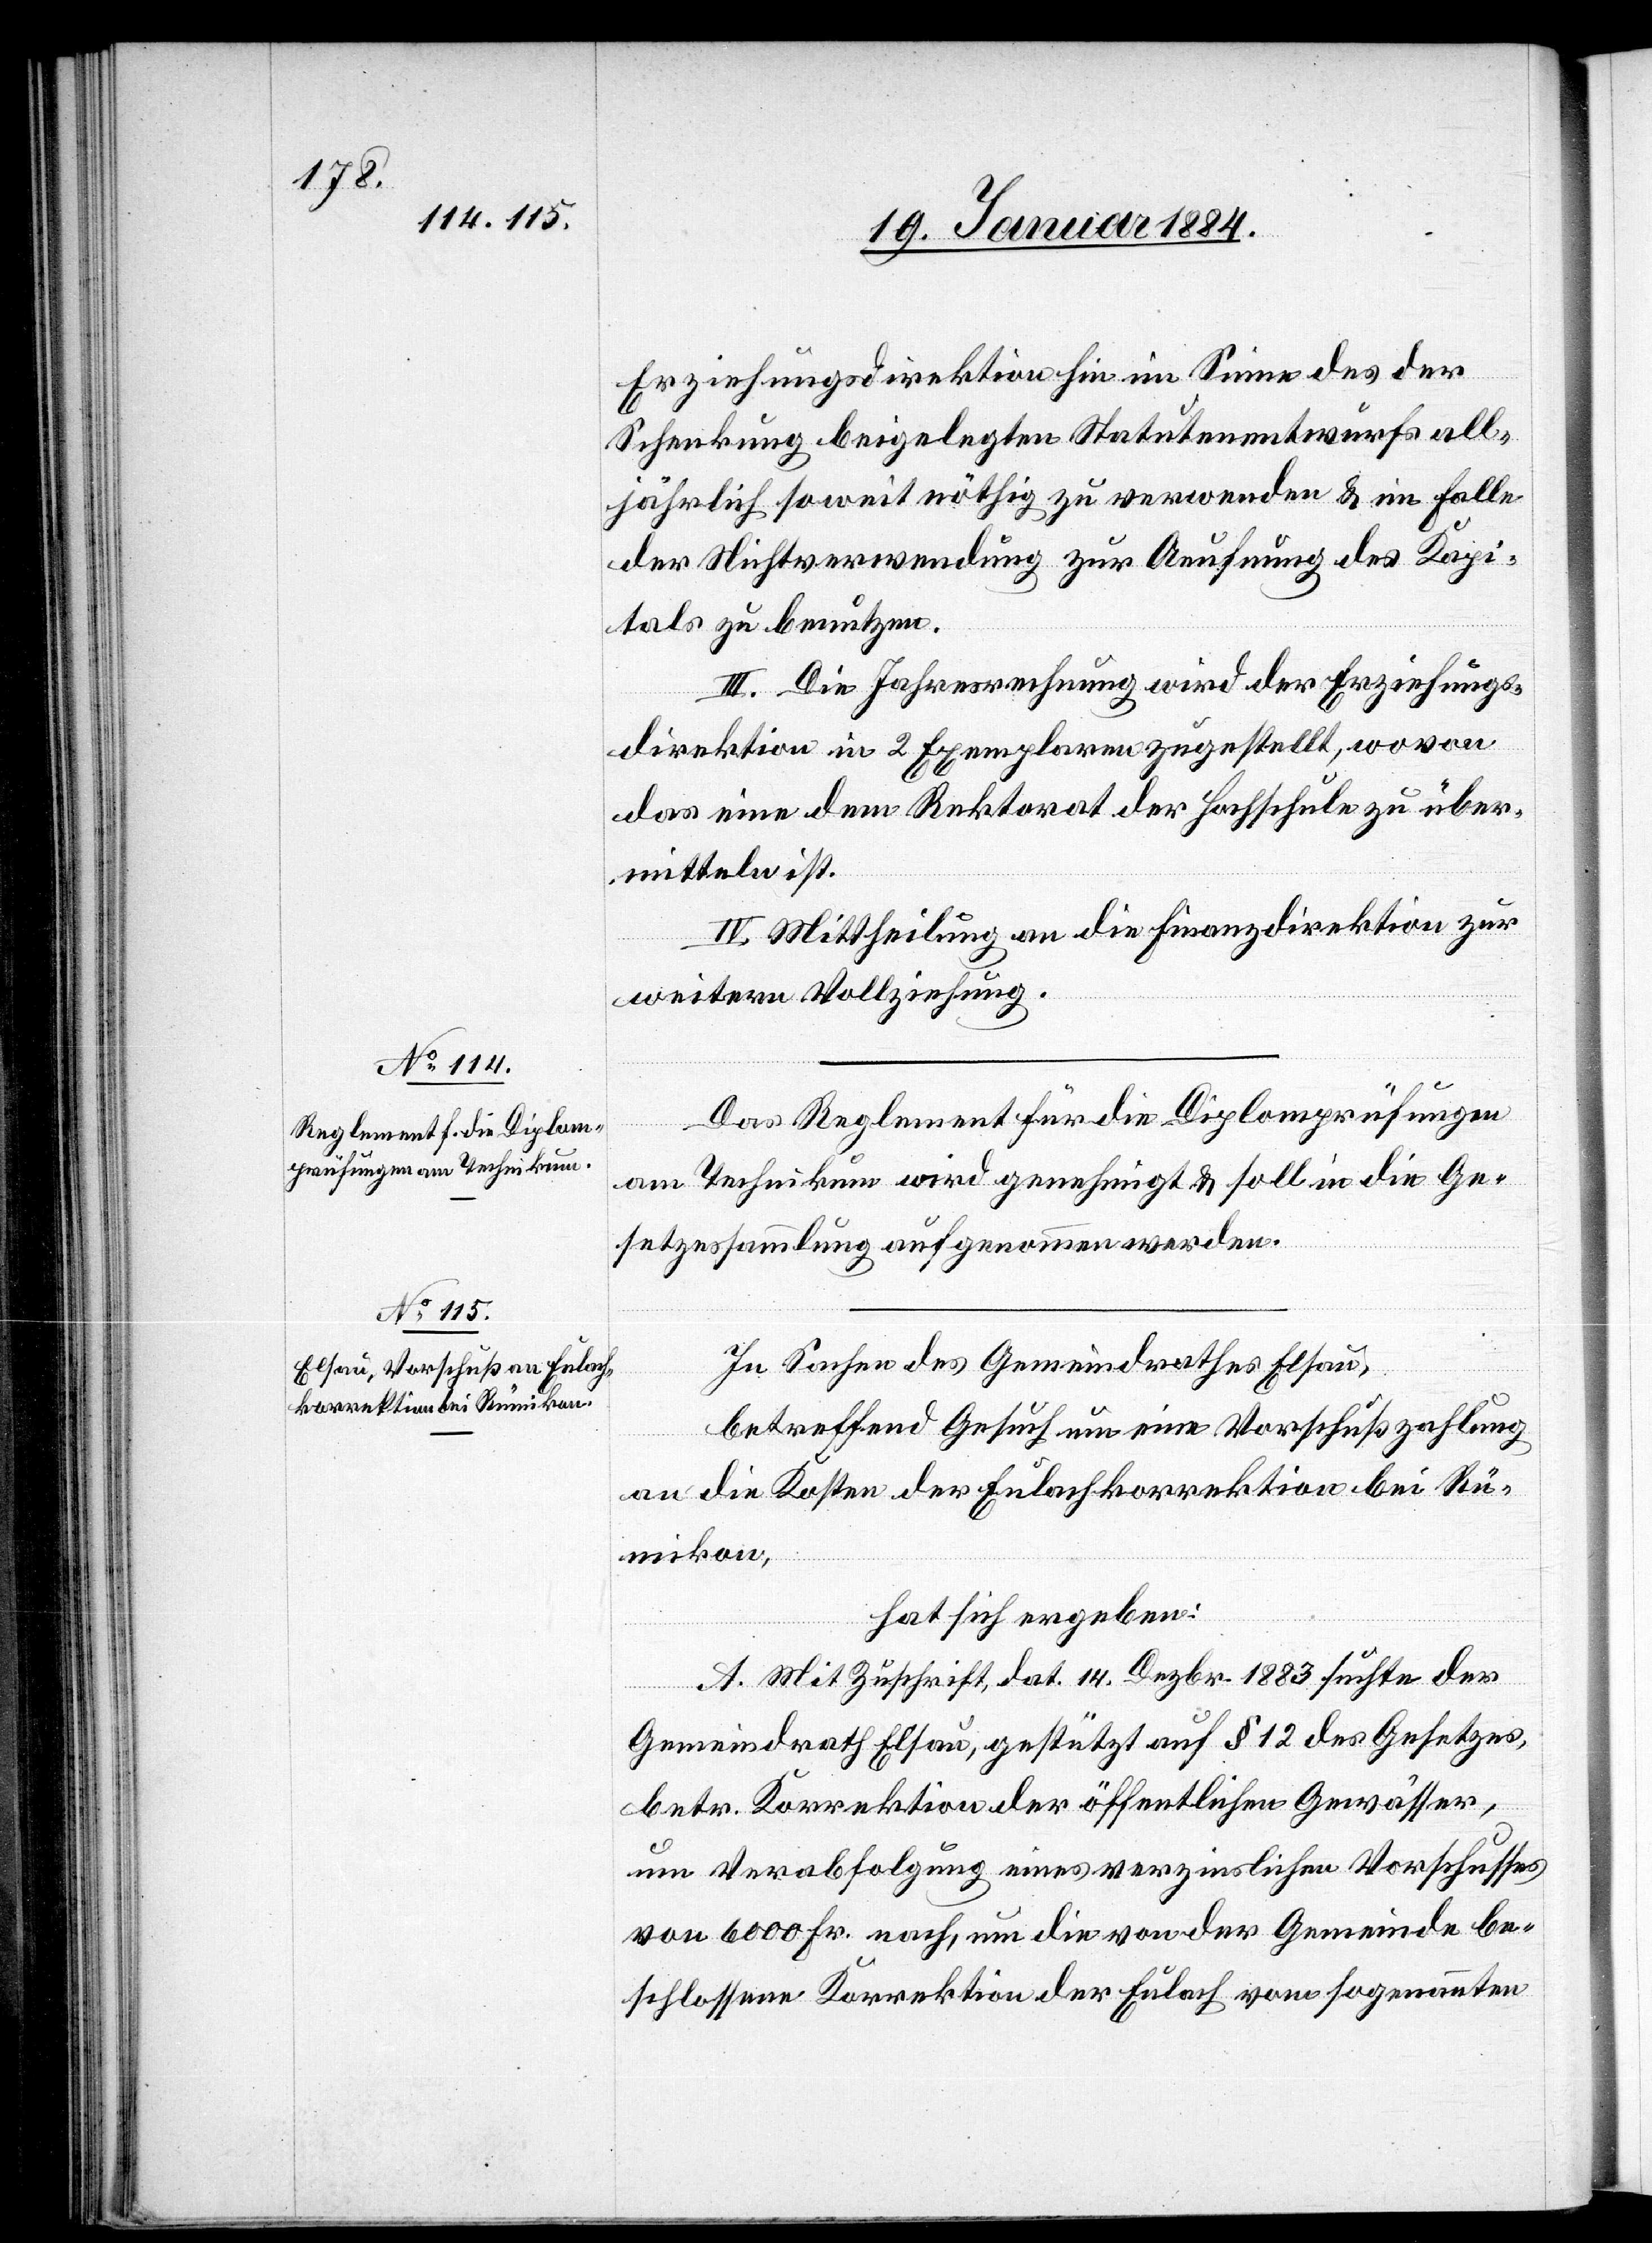
Erziehungsdirektion im Sinne des der
Schenkung beigelegten Statutenentwurfs all¬
jährlich soweit nöthig zu verwenden & im Falle
der Nichtverwendung zur Aefnung des Kapi¬
tals zu benutzen.
III. Die Jahresrechnung wird der Erziehungs¬
direktion in 2 Exemplaren zugestellt, wovon
das eine dem Rektorat der Hochschule zu über¬
mitteln ist.
IV. Mittheilung an die Finanzdirektion zur
weitern Vollziehung.
Das Reglement für die Diplomprüfungen
am Technikum wird genehmigt & soll in die Ge¬
setzessammlung aufgenommen werden.
In Sachen des Gemeindrathes Elsau,
betreffend Gesuch um eine Vorschußzahlung
an die Kosten der Eulachkorrektion bei Rü¬
mikon,
hat sich ergeben:
A. Mit Zuschrift, dat. 14. Dezbr. 1883 suchte der
Gemeindrath Elsau, gestützt auf § 12 des Gesetzes,
betr. Korrektion der öffentlichen Gewässer,
um Verabfolgung eines verzinslichen Vorschusses
von 6000 Fr. nach, um die von der Gemeinde be¬
schlossene Korrektion der Eulach vom sogenannten